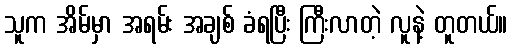
သူက အိမ်မှာ အရမ်း အချစ် ခံရပြီး ကြီးလာတဲ့ လူနဲ့ တူတယ်။